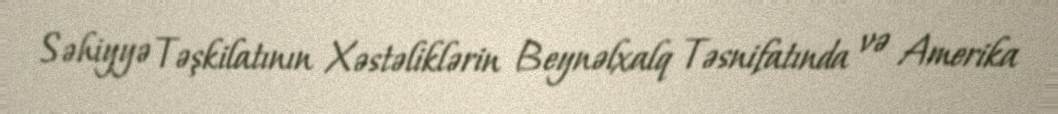
Səhiyyə Təşkilatının Xəstəliklərin Beynəlxalq Təsnifatında və Amerika